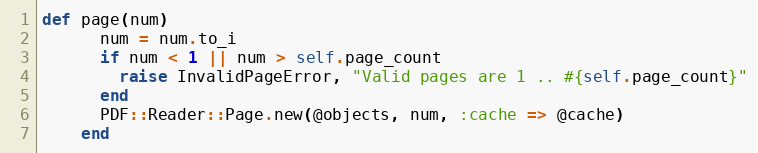
Language: Ruby
def page(num)
      num = num.to_i
      if num < 1 || num > self.page_count
        raise InvalidPageError, "Valid pages are 1 .. #{self.page_count}"
      end
      PDF::Reader::Page.new(@objects, num, :cache => @cache)
    end